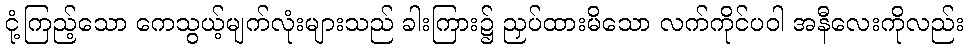
ငုံ့ကြည့်သော ကေသွယ့်မျက်လုံးများသည် ခါးကြား၌ ညှပ်ထားမိသော လက်ကိုင်ပဝါ အနီလေးကိုလည်း